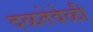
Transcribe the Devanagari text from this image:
दळतेवेळी